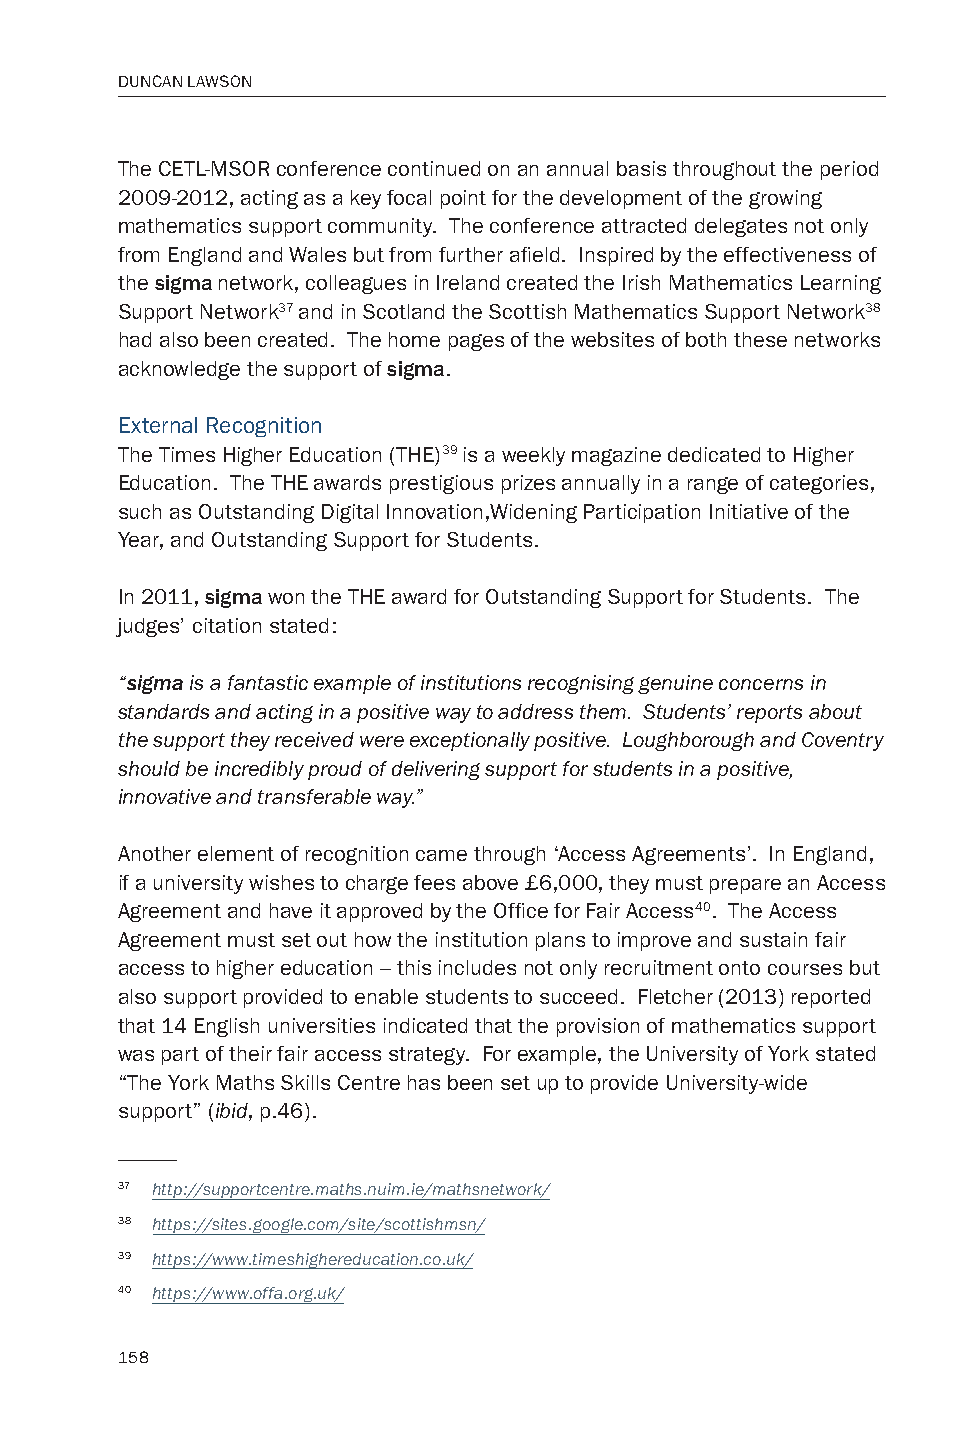
DUNCAN LAWSON
 The CETL-MSOR conference continued on an annual basis throughout the period
 2009-2012, acting as a key focal point for the development of the growing
 mathematics support community. The conference attracted delegates not only
 from England and Wales but from further afield. Inspired by the effectiveness of
 the sigma network, colleagues in Ireland created the Irish Mathematics Learning
 Support Network37 and in Scotland the Scottish Mathematics Support Network38
 had also been created. The home pages of the websites of both these networks
 acknowledge the support of sigma.
 External Recognition
 The Times Higher Education (THE)39 is a weekly magazine dedicated to Higher
 Education. The THE awards prestigious prizes annually in a range of categories,
 such as Outstanding Digital Innovation,Widening Participation Initiative of the
 Year, and Outstanding Support for Students.
 In 2011, sigma won the THE award for Outstanding Support for Students. The
 judges’ citation stated:
 “sigma is a fantastic example of institutions recognising genuine concerns in
 standards and acting in a positive way to address them. Students’ reports about
 the support they received were exceptionally positive. Loughborough and Coventry
 should be incredibly proud of delivering support for students in a positive,
 innovative and transferable way.”
 Another element of recognition came through ‘Access Agreements’. In England,
 if a university wishes to charge fees above £6,000, they must prepare an Access
 Agreement and have it approved by the Office for Fair Access40. The Access
 Agreement must set out how the institution plans to improve and sustain fair
 access to higher education – this includes not only recruitment onto courses but
 also support provided to enable students to succeed. Fletcher (2013) reported
 that 14 English universities indicated that the provision of mathematics support
 was part of their fair access strategy. For example, the University of York stated
 “The York Maths Skills Centre has been set up to provide University-wide
 support” (ibid, p.46).
 37 http://supportcentre.maths.nuim.ie/mathsnetwork/
 38 https://sites.google.com/site/scottishmsn/
 39 https://www.timeshighereducation.co.uk/
 40 https://www.offa.org.uk/
 158